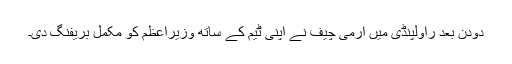
دودن بعد راولپنڈی میں آرمی چیف نے اپنی ٹیم کے ساتھ وزیراعظم کو مکمل بریفنگ دی۔